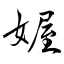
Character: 媉